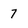
Character: 7